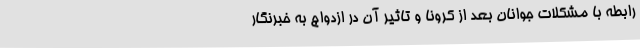
رابطه با مشکلات جوانان بعد از کرونا و تاثیر آن در ازدواج به خبرنگار